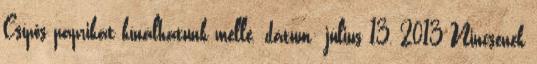
Csípős paprikát kínálhatunk mellé. dátum: július 13, 2013 Nincsenek